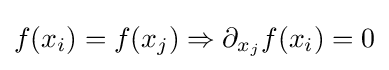
f(x_{i})=f(x_{j})\Rightarrow \partial _{x_{j}}f(x_{i})=0